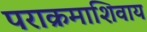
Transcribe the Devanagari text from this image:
पराक्रमाशिवाय